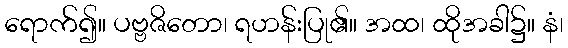
ရောက်၍။ ပဗ္ဗဇိတော၊ ရဟန်းပြု၏။ အထ၊ ထိုအခါ၌။ နံ၊